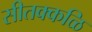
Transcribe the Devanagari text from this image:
सीतक्कळि